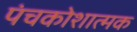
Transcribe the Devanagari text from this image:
पंचकोशात्मक